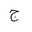
Letter: _gim